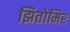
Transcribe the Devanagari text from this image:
झितोमिर